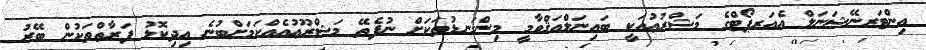
އިންޓަރނޭޝަނަލް އެއަރޕޯޓްގެ މަޝްރުޢުއަކީ ބައިނަލްއަޤްވާމީ މިންގަނޑުތަކަށް ނުފެތޭ މަޝްރޫޢުއެއްކަމަށްބުނެ އިދިކޮޅު ފަރާތްތަކުން ބޭރު